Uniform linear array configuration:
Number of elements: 64
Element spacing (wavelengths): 0.5
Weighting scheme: cosine
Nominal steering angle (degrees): -60
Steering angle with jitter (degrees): -60.682
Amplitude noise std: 0.05
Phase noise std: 0.05

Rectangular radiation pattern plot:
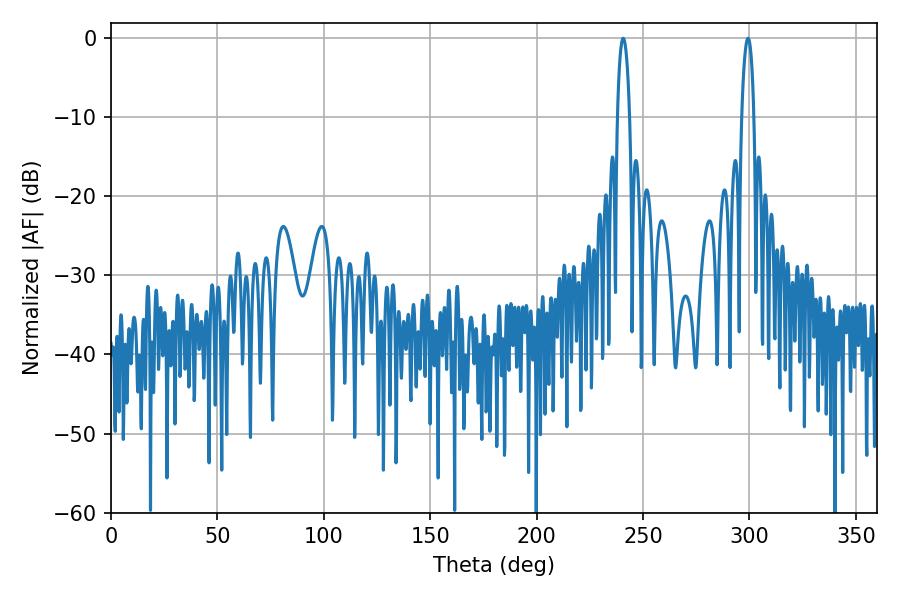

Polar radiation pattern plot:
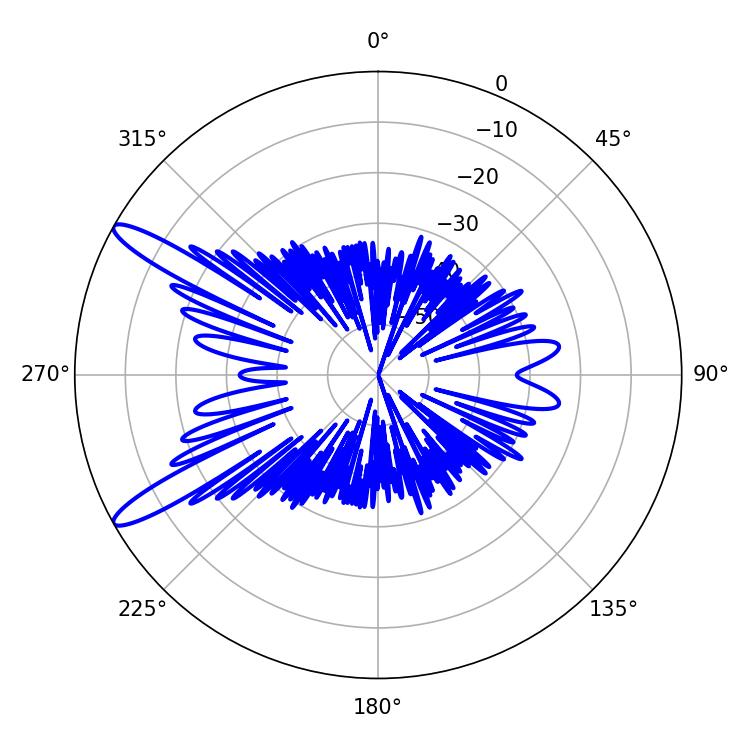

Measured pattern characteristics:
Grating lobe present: FALSE
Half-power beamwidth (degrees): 3.24
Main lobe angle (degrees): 240.66